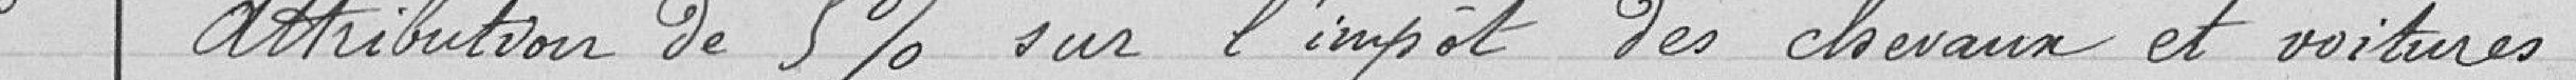
5 Attribution de 5% sur l'impôt des chevaux et voitures